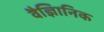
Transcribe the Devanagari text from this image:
वैज्ञिानिक